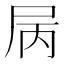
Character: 𡱆